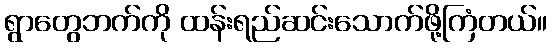
ရွာတွေဘက်ကို ထန်းရည်ဆင်းသောက်ဖို့ကြံတယ်။